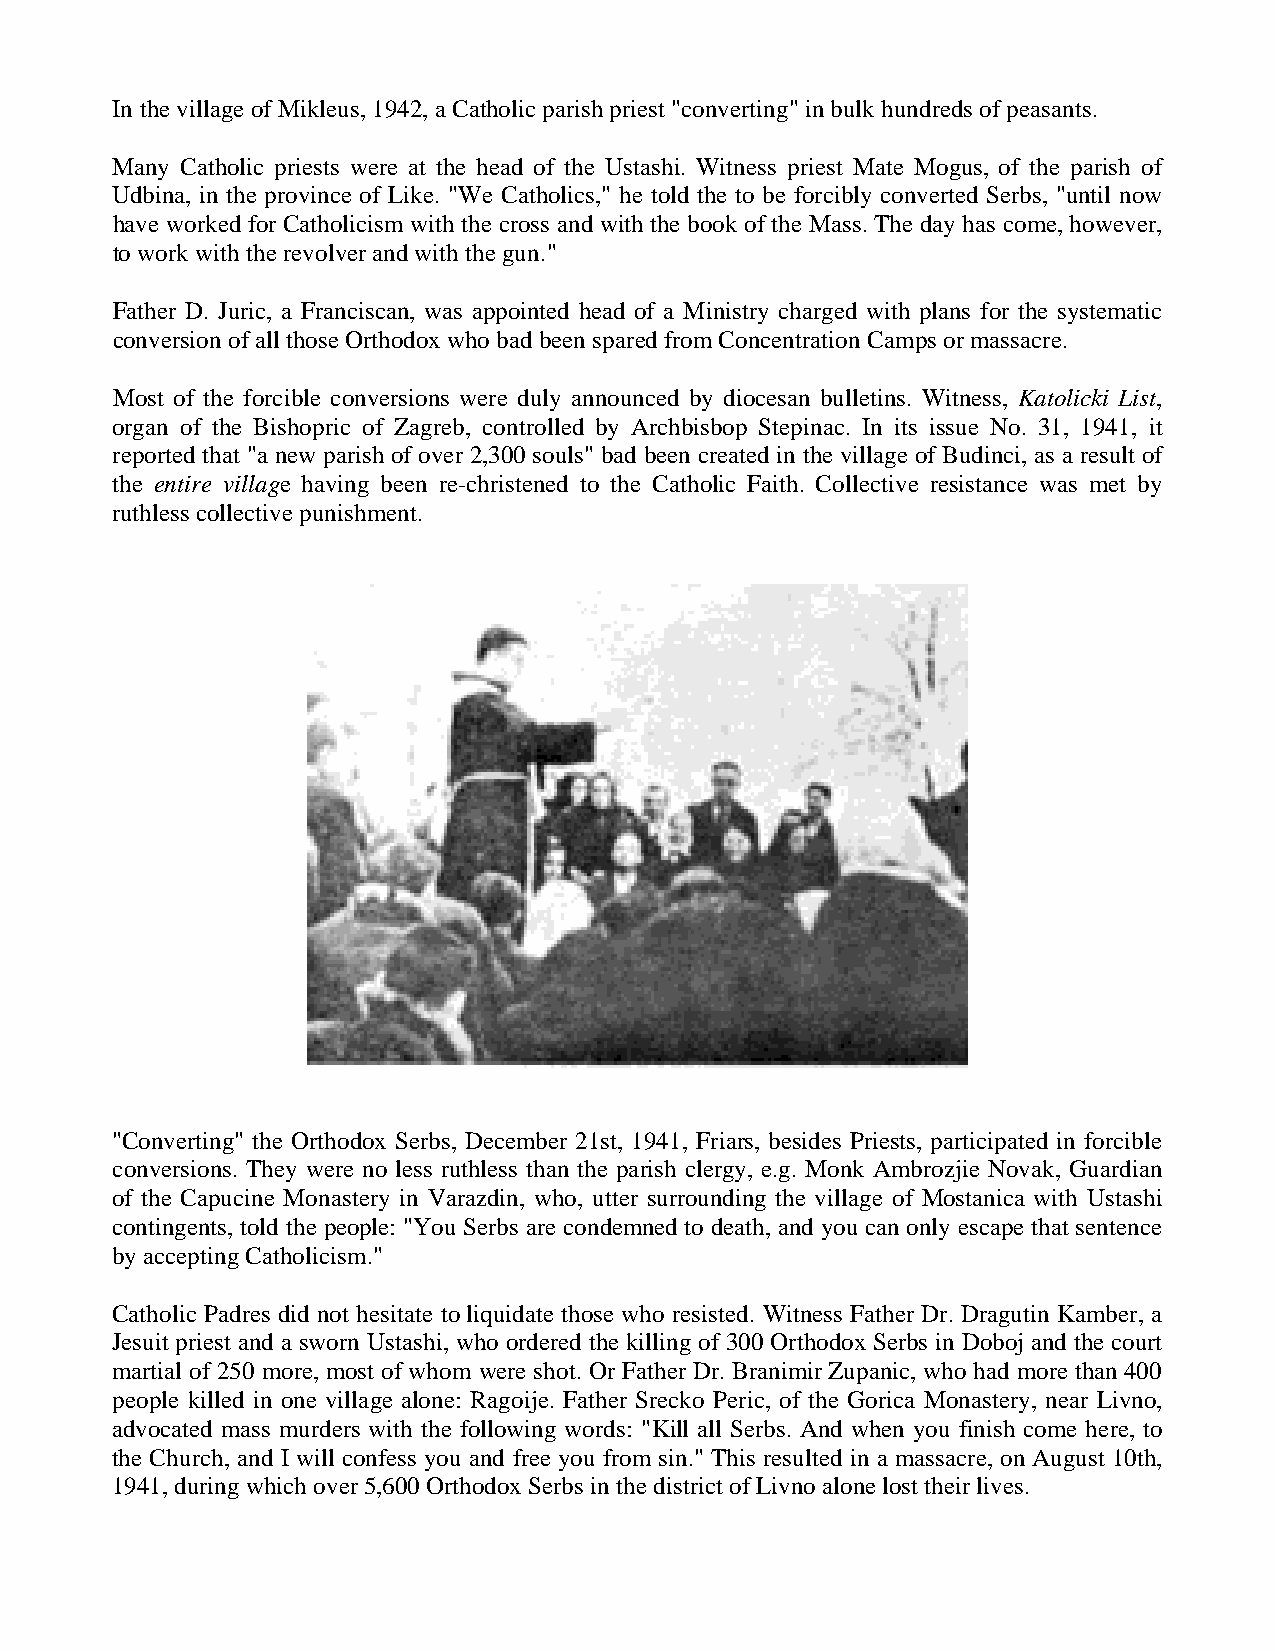
In the village of Mikleus, 1942, a Catholic parish priest "converting" in bulk hundreds of peasants.
 Many Catholic priests were at the head of the Ustashi. Witness priest Mate Mogus, of the parish of
 Udbina, in the province of Like. "We Catholics," he told the to be forcibly converted Serbs, "until now
 have worked for Catholicism with the cross and with the book of the Mass. The day has come, however,
 to work with the revolver and with the gun."
 Father D. Juric, a Franciscan, was appointed head of a Ministry charged with plans for the systematic
 conversion of all those Orthodox who bad been spared from Concentration Camps or massacre.
 Most of the forcible conversions were duly announced by diocesan bulletins. Witness, Katolicki List,
 organ of the Bishopric of Zagreb, controlled by Archbisbop Stepinac. In its issue No. 31, 1941, it
 reported that "a new parish of over 2,300 souls" bad been created in the village of Budinci, as a result of
 the entire village having been re-christened to the Catholic Faith. Collective resistance was met by
 ruthless collective punishment.
 "Converting" the Orthodox Serbs, December 21st, 1941, Friars, besides Priests, participated in forcible
 conversions. They were no less ruthless than the parish clergy, e.g. Monk Ambrozjie Novak, Guardian
 of the Capucine Monastery in Varazdin, who, utter surrounding the village of Mostanica with Ustashi
 contingents, told the people: "You Serbs are condemned to death, and you can only escape that sentence
 by accepting Catholicism."
 Catholic Padres did not hesitate to liquidate those who resisted. Witness Father Dr. Dragutin Kamber, a
 Jesuit priest and a sworn Ustashi, who ordered the killing of 300 Orthodox Serbs in Doboj and the court
 martial of 250 more, most of whom were shot. Or Father Dr. Branimir Zupanic, who had more than 400
 people killed in one village alone: Ragoije. Father Srecko Peric, of the Gorica Monastery, near Livno,
 advocated mass murders with the following words: "Kill all Serbs. And when you finish come here, to
 the Church, and I will confess you and free you from sin." This resulted in a massacre, on August 10th,
 1941, during which over 5,600 Orthodox Serbs in the district of Livno alone lost their lives.